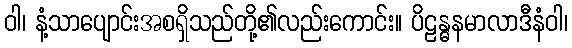
ဝါ၊ နံ့သာပျောင်းအစရှိသည်တို့၏လည်းကောင်း။ ပိဠန္ဓနမာလာဒီနံဝါ၊